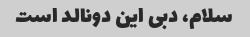
سلام، دبی این دونالد است